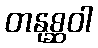
တနုစ္ဆဝါ